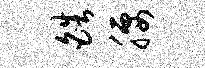
皓腰